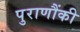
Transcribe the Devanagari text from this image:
पुराणौंकी